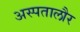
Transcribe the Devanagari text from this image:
अस्पतालौर